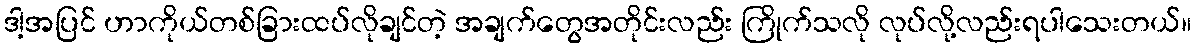
ဒါ့အပြင် ဟာကိုယ်တစ်ခြားထပ်လိုချင်တဲ့ အချက်တွေအတိုင်းလည်း ကြိုက်သလို လုပ်လို့လည်းရပါသေးတယ်။